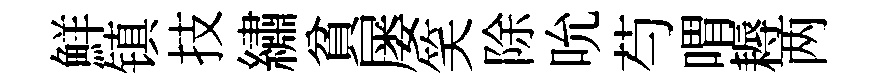
鮮镇技繡貧屡笑除吮芍喟耨两